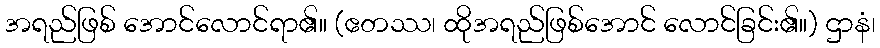
အရည်ဖြစ် အောင်လောင်ရာ၏။ (ဧတဿ၊ ထိုအရည်ဖြစ်အောင် လောင်ခြင်း၏။) ဌာနံ၊